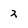
Character: 2